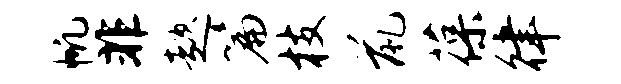
帆非趑篇枝鼠葆律